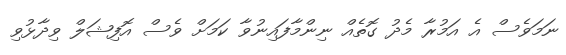
ނަމަވެސް އެ އަމުރާ މެދު ގޮތެއް ނިންމާފައިނުވާ ކަމަށް ވެސް އޮފިޝަލް ވިދާޅުވި